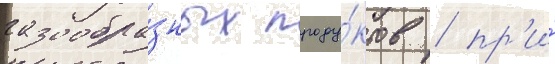
газообра́зных проду́ктов / пр'и́